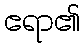
ဧရာ၏